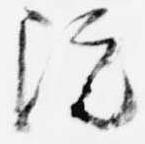
院